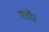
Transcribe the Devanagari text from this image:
एतौर